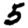
Digit: 5